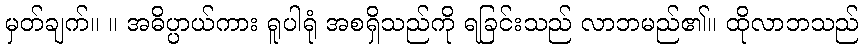
မှတ်ချက်။ ။ အဓိပ္ပာယ်ကား ရူပါရုံ အစရှိသည်ကို ရခြင်းသည် လာဘမည်၏။ ထိုလာဘသည်